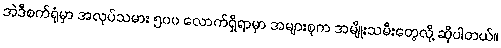
အဲဒီစက်ရုံမှာ အလုပ်သမား ၅၀၀ လောက်ရှိရာမှာ အများစုက အမျိုးသမီးတွေလို့ ဆိုပါတယ်။